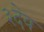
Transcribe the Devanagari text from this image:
३देव